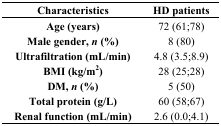
<table><thead><tr><td><b>Characteristics</b></td><td><b>HD patients</b></td></tr></thead><tbody><tr><td><b>Age (years)</b></td><td>72 (61;78)</td></tr><tr><td><b>Male gender, <i>n</i> (%)</b></td><td>8 (80)</td></tr><tr><td><b>Ultrafiltration (mL/min)</b></td><td>4.8 (3.5;8.9)</td></tr><tr><td><b>BMI (kg/m<sup>2</sup>)</b></td><td>28 (25;28)</td></tr><tr><td><b>DM, <i>n</i> (%)</b></td><td>5 (50)</td></tr><tr><td><b>Total protein (g/L)</b></td><td>60 (58;67)</td></tr><tr><td><b>Renal function (mL/min)</b></td><td>2.6 (0.0;4.1)</td></tr></tbody></table>